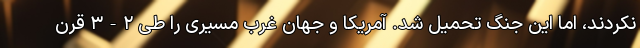
نکردند، اما این جنگ تحمیل شد. آمریکا و جهان غرب مسیری را طی ۲-۳ قرن